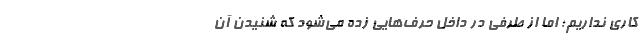
کاری نداریم؛ اما از طرفی در داخل حرف‌هایی زده می‌شود که شنیدن آن